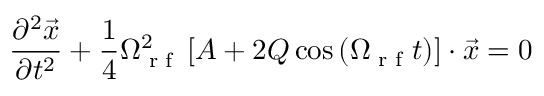
\frac { \partial ^ { 2 } \vec { x } } { \partial t ^ { 2 } } + \frac { 1 } { 4 } \Omega _ { \textrm { r f } } ^ { 2 } \left[ A + 2 Q \cos \left( \Omega _ { \textrm { r f } } t \right) \right] \cdot \vec { x } = 0